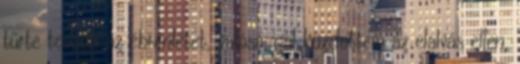
tűrte tovább az ébrenlétet, valósággal küzdöttem az elalvás ellen,